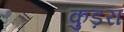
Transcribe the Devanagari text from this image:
कुड़रा